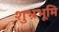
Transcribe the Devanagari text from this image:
शुभ्रभूमि